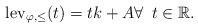
LaTeX: \begin{align*}\operatorname*{lev}\nolimits_{\varphi,\le}(t)=t k+A\forall\, \ t \in {\mathbb{R}}. \end{align*}